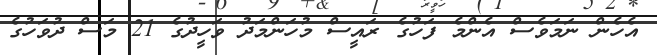
އެހެން ނަމަވެސް އެންމެ ފަހުގެ ރައީސް މުހަންމަދު ވަހީދުގެ 21 މަސް ދުވަހުގެ